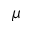
\mu